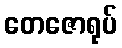
တေဇောရုပ်